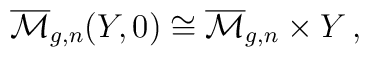
\overline{\mathcal{M}}_{g,n}(Y,0)\cong  \overline{\mathcal{M}}_{g,n}\times Y\,,